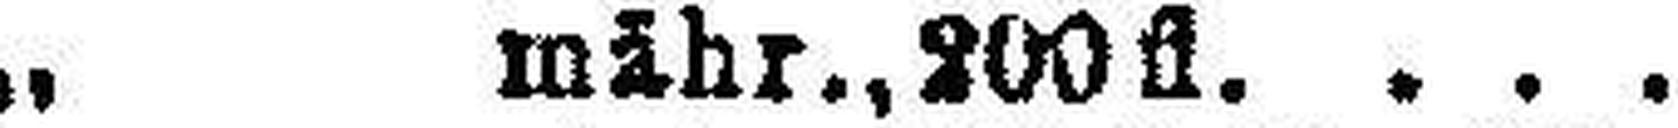
„ mähr., 200 fl.